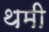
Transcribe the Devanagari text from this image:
थमी